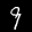
Label: 9